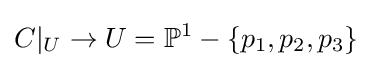
C|_{U}\to U=\mathbb {P} ^{1}-\{p_{1},p_{2},p_{3}\}